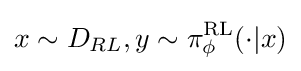
x\sim D_{RL},y\sim \pi _{\phi }^{\text{RL}}(\cdot |x)